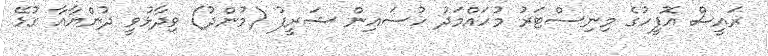
ރައީސް އޮފީހުގެ މިނިސްޓަރު މުހައްމަދު ހުސައިން ޝަރީފު (މުންދު) ވިދާޅުވީ ދުންޔާއާ ގުޅޭ